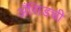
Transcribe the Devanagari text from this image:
अँसिडची